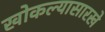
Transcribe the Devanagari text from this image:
खोकल्यासारखे